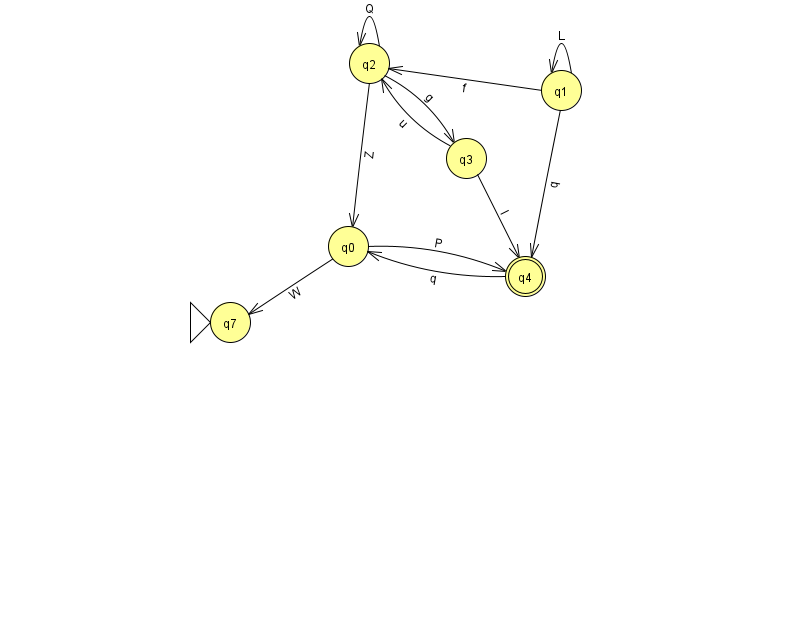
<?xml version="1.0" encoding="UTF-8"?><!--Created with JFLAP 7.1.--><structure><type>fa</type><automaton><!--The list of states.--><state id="0" name="q0"><x>348.0</x><y>233.0</y></state><state id="1" name="q1"><x>561.0</x><y>77.0</y></state><state id="2" name="q2"><x>369.0</x><y>50.0</y></state><state id="3" name="q3"><x>466.0</x><y>145.0</y></state><state id="4" name="q4"><x>525.0</x><y>263.0</y><final/></state><state id="7" name="q7"><x>230.0</x><y>309.0</y><initial/></state><!--The list of transitions.--><transition><from>1</from><to>2</to><read>f</read></transition><transition><from>2</from><to>2</to><read>Q</read></transition><transition><from>1</from><to>4</to><read>q</read></transition><transition><from>3</from><to>4</to><read>l</read></transition><transition><from>2</from><to>0</to><read>Z</read></transition><transition><from>0</from><to>4</to><read>P</read></transition><transition><from>0</from><to>7</to><read>W</read></transition><transition><from>4</from><to>0</to><read>q</read></transition><transition><from>1</from><to>1</to><read>L</read></transition><transition><from>2</from><to>3</to><read>g</read></transition><transition><from>3</from><to>2</to><read>u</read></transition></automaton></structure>